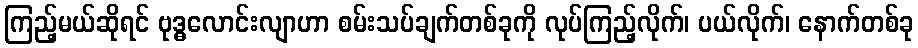
ကြည့်မယ်ဆိုရင် ဗုဒ္ဓလောင်းလျာဟာ စမ်းသပ်ချက်တစ်ခုကို လုပ်ကြည့်လိုက်၊ ပယ်လိုက်၊ နောက်တစ်ခု